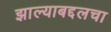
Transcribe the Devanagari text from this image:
झाल्याबद्दलचा